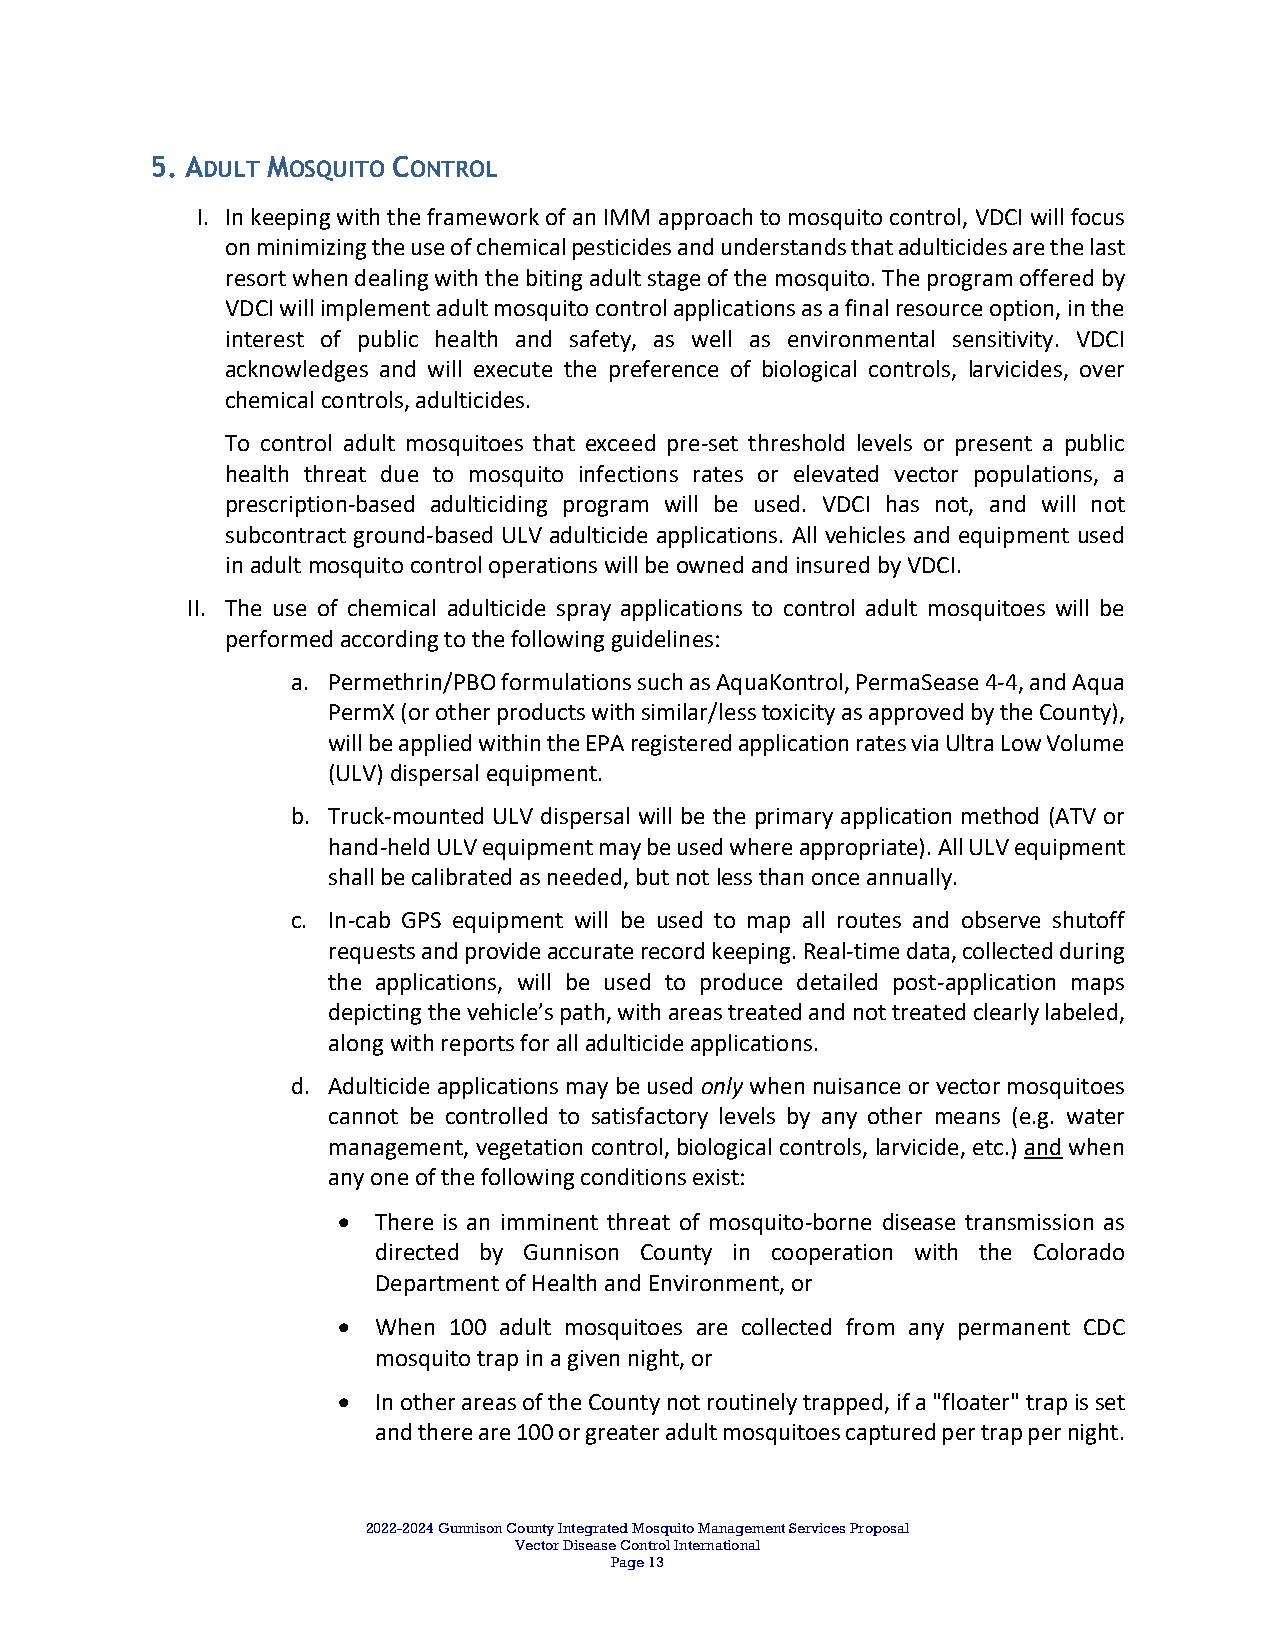
5. ADULT MOSQUITO CONTROL
 I. In keeping with the framework of an IMM approach to mosquito control, VDCI will focus
 on minimizing the use of chemical pesticides and understands that adulticides are the last
 resort when dealing with the biting adult stage of the mosquito. The program offered by
 VDCI will implement adult mosquito control applications as a final resource option, in the
 interest of public health and safety, as well as environmental sensitivity. VDCI
 acknowledges and will execute the preference of biological controls, larvicides, over
 chemical controls, adulticides.
 To control adult mosquitoes that exceed pre‐set threshold levels or present a public
 health threat due to mosquito infections rates or elevated vector populations, a
 prescription‐based adulticiding program will be used. VDCI has not, and will not
 subcontract ground‐based ULV adulticide applications. All vehicles and equipment used
 in adult mosquito control operations will be owned and insured by VDCI.
 II. The use of chemical adulticide spray applications to control adult mosquitoes will be
 performed according to the following guidelines:
 a. Permethrin/PBO formulations such as AquaKontrol, PermaSease 4‐4, and Aqua
 PermX (or other products with similar/less toxicity as approved by the County),
 will be applied within the EPA registered application rates via Ultra Low Volume
 (ULV) dispersal equipment.
 b. Truck‐mounted ULV dispersal will be the primary application method (ATV or
 hand‐held ULV equipment may be used where appropriate). All ULV equipment
 shall be calibrated as needed, but not less than once annually.
 c. In‐cab GPS equipment will be used to map all routes and observe shutoff
 requests and provide accurate record keeping. Real‐time data, collected during
 the applications, will be used to produce detailed post‐application maps
 depicting the vehicle’s path, with areas treated and not treated clearly labeled,
 along with reports for all adulticide applications.
 d. Adulticide applications may be used only when nuisance or vector mosquitoes
 cannot be controlled to satisfactory levels by any other means (e.g. water
 management, vegetation control, biological controls, larvicide, etc.) and when
 any one of the following conditions exist:
   There is an imminent threat of mosquito‐borne disease transmission as
 directed by Gunnison County in cooperation with the Colorado
 Department of Health and Environment, or
   When 100 adult mosquitoes are collected from any permanent CDC
 mosquito trap in a given night, or
   In other areas of the County not routinely trapped, if a "floater" trap is set
 and there are 100 or greater adult mosquitoes captured per trap per night.
 2022-2024 Gunnison County Integrated Mosquito Management Services Proposal
 Vector Disease Control International
 Page 13